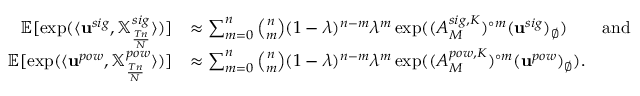
\begin{array} { r l } { { \mathbb E } [ \exp ( \langle \mathbf u ^ { s i g } , { \mathbb X } _ { \frac { T n } N } ^ { s i g } \rangle ) ] } & { \approx \sum _ { m = 0 } ^ { n } \binom n m ( 1 - \lambda ) ^ { n - m } \lambda ^ { m } \exp ( ( A _ { M } ^ { s i g , K } ) ^ { \circ m } ( \mathbf u ^ { s i g } ) _ { \emptyset } ) \qquad \mathrm { a n d } } \\ { { \mathbb E } [ \exp ( \langle \mathbf u ^ { p o w } , { \mathbb X } _ { \frac { T n } N } ^ { p o w } \rangle ) ] } & { \approx \sum _ { m = 0 } ^ { n } \binom n m ( 1 - \lambda ) ^ { n - m } \lambda ^ { m } \exp ( ( A _ { M } ^ { p o w , K } ) ^ { \circ m } ( \mathbf u ^ { p o w } ) _ { \emptyset } ) . } \end{array}